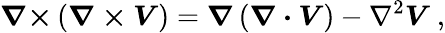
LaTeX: {\boldsymbol{\nabla\times}}\left({\boldsymbol{\nabla\times V}}\right)={\boldsymbol{\nabla}}\left({\boldsymbol{\nabla\cdot V}}\right)-\nabla^{2}{\boldsymbol{V}}\ ,